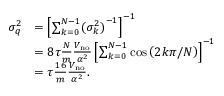
\begin{array} { r l } { \sigma _ { q } ^ { 2 } } & { = \left[ \sum _ { k = 0 } ^ { N - 1 } ( { \sigma _ { k } ^ { 2 } ) } ^ { - 1 } \right] ^ { - 1 } } \\ & { = 8 \tau \frac { N } { m } \frac { V _ { \mathrm { n o } } } { \alpha ^ { 2 } } \left[ \sum _ { k = 0 } ^ { N - 1 } \cos \left( 2 k \pi / N \right) \right] ^ { - 1 } } \\ & { = \tau \frac { 1 6 } { m } \frac { V _ { \mathrm { n o } } } { \alpha ^ { 2 } } . } \end{array}